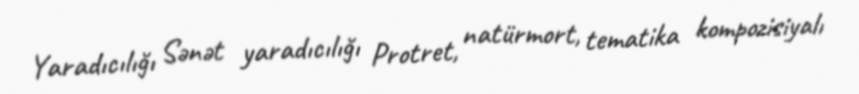
Yaradıcılığı Sənət yaradıcılığı Protret, natürmort, tematika kompozisiyalı